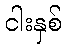
ငါးနှစ်